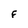
Character: F